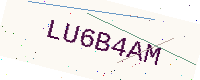
Text: LU6B4AM